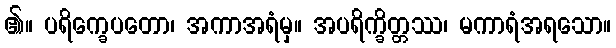
၏။ ပရိက္ခေပတော၊ အကာအရံမှ။ အပရိက္ခိတ္တဿ၊ မကာရံအရသော။